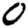
Digit: 0